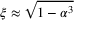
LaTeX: \xi \approx { \sqrt { 1 - \alpha ^ { 3 } } }